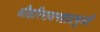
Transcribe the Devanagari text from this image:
श्रीहरिरायमहाप्रभुजी